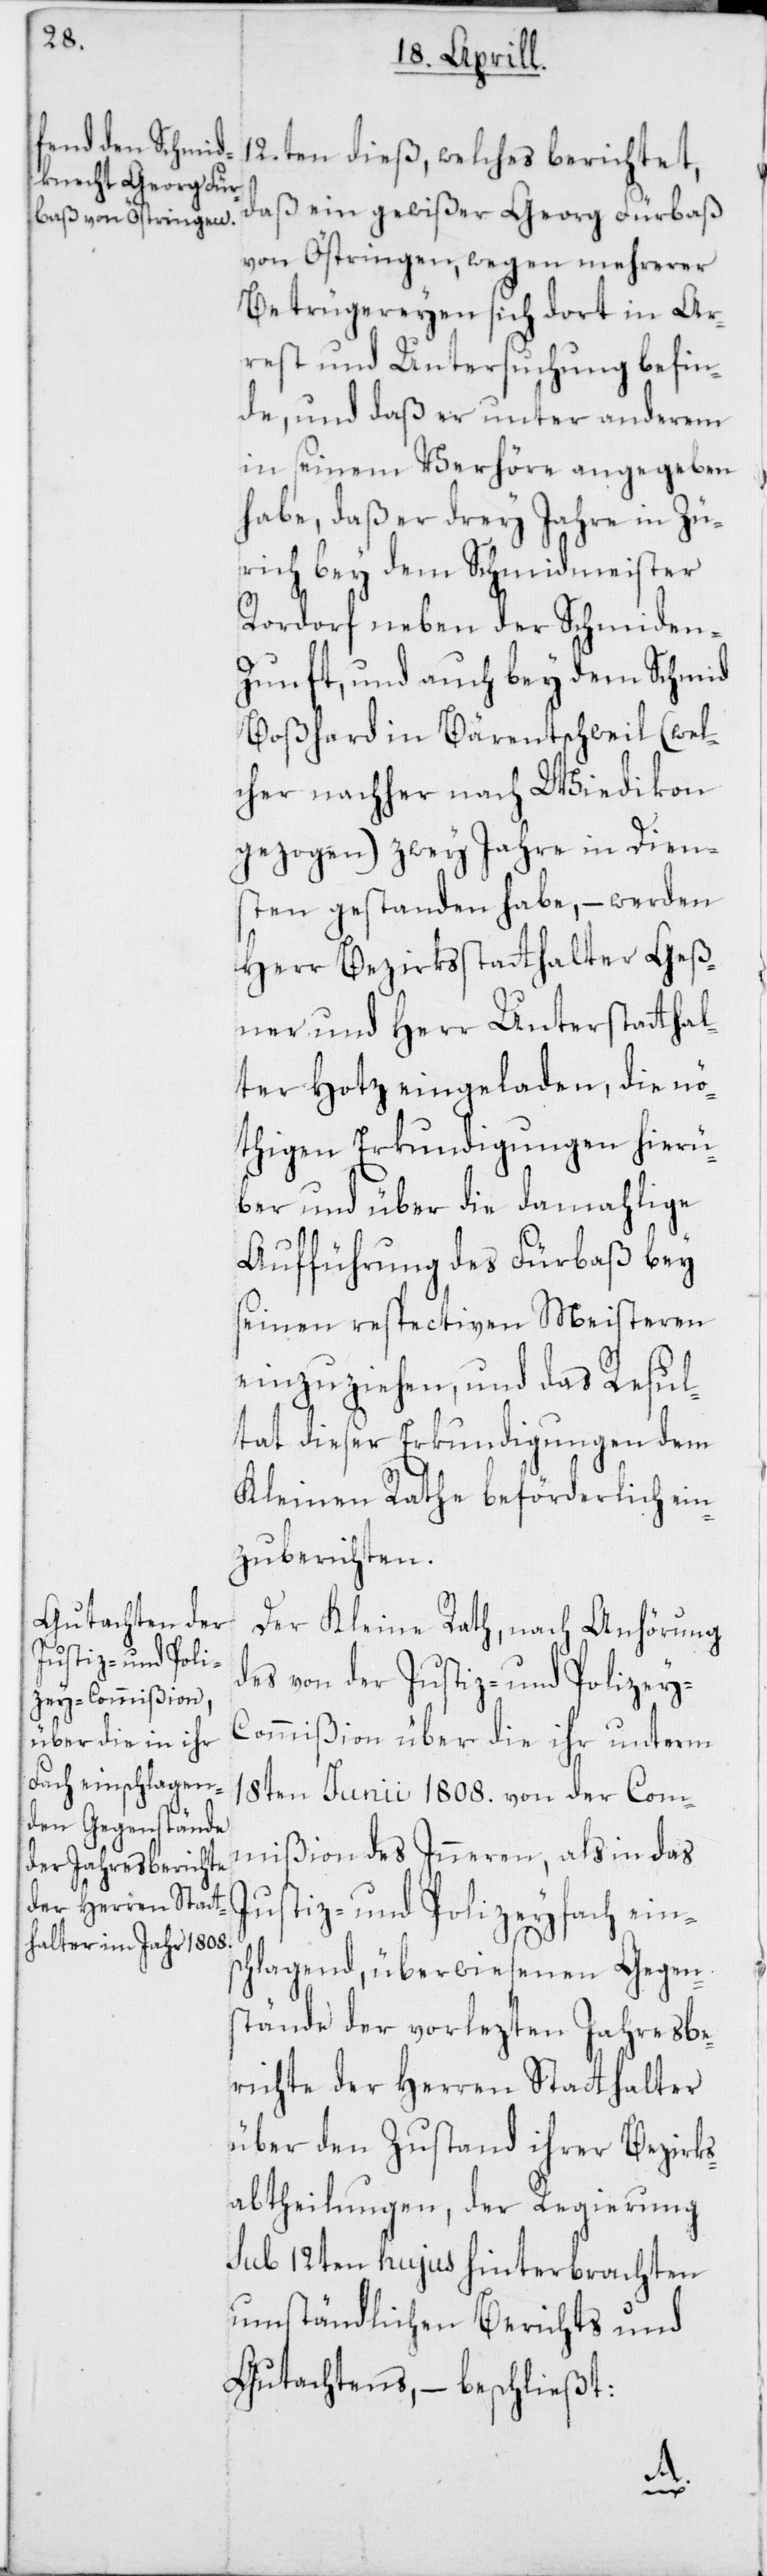
12ten dieß, welches berichtet,
daß ein gewißer Georg Fürbaß
von Östringen, wegen mehrerer
Betrügereyen sich dort in Ar¬
rest und Untersuchung befin¬
de, und daß er unter anderem
in seinem Verhöre angegeben
habe, daß er drey Jahre in Zü¬
rich bey dem Schmidmeister
Rordorf neben der Schmiden-Z¬
unft, und auch bey dem Schmied
Boßhard in Bärentschweil (wel¬
cher nachher nach Wiedikon
gezogen) zwey Jahre in Dien¬
sten gestanden habe, – werden
Herr Bezirksstatthalter Geß¬
ner und Herr Unterstatthal¬
ter Hotz eingeladen, die nö¬
thigen Erkundigungen hierü¬
ber und über die damahlige
Aufführung des Fürbaß bey
seinen respectiven Meisteren
einzuziehen, und das Resul¬
tat dieser Erkundigungen dem
Kleinen Rathe beförderlich ein¬
zuberichten.
Der Kleine Rath, nach Anhörung
des von der Justiz- und Polizey-C¬
ommißion über die ihr unterm
18ten Junii 1808. von der Com¬
mißion des Inneren, als in das
Justiz- und Polizeyfach eins¬
chlagend, überwiesenen Gegen¬
stände der vorlezten Jahresbe¬
richte der Herren Stathalter
über den Zustand ihrer Bezirks¬
abtheilungen, der Regierung
sub 12ten hujus hinterbrachten
umständlichen Berichts und
Gutachtens, – beschließt: